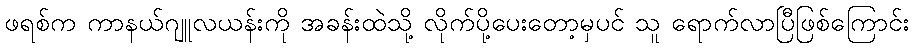
ဖရစ်က ကာနယ်ဂျူလယန်းကို အခန်းထဲသို့ လိုက်ပို့ပေးတော့မှပင် သူ ရောက်လာပြီဖြစ်ကြောင်း